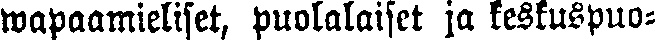
wapaamieliset, puolalaiset ja keskuspuo-